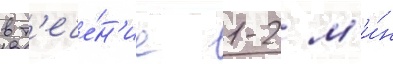
в т'ече́н'ие 1-2 м'и́н